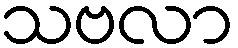
သဗလာ